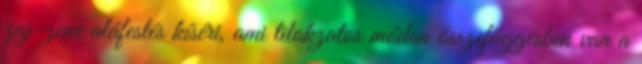
zaj-zene aláfestés kíséri, ami titokzatos módon összefüggésben van a